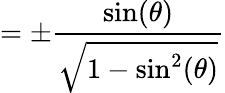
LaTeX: =\pm{\frac{\sin(\theta)}{\sqrt{1-\sin^{2}(\theta)}}}